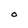
Character: O